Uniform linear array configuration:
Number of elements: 48
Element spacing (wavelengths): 1
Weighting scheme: binomial
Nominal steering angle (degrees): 0
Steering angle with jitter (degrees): -0.3613
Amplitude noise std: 0.05
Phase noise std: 0.05

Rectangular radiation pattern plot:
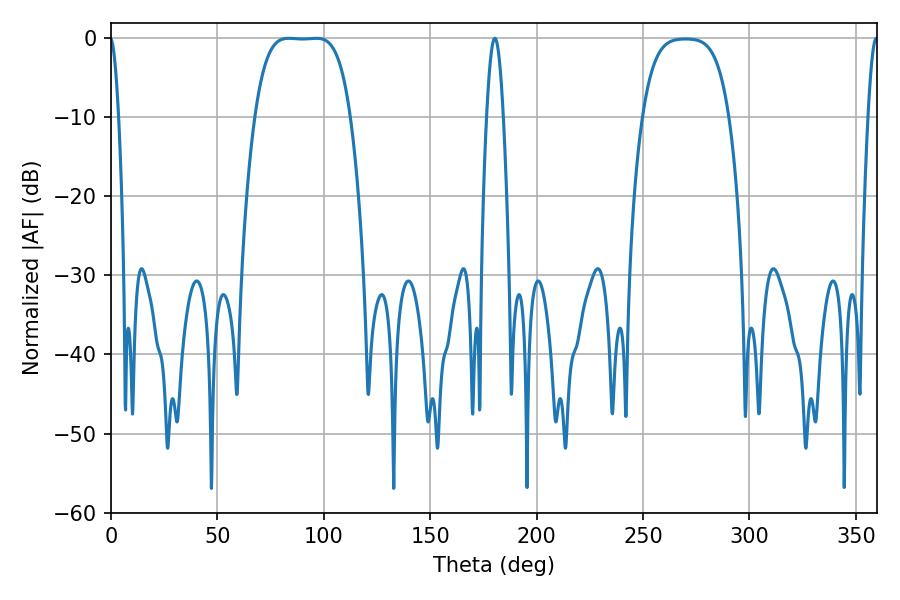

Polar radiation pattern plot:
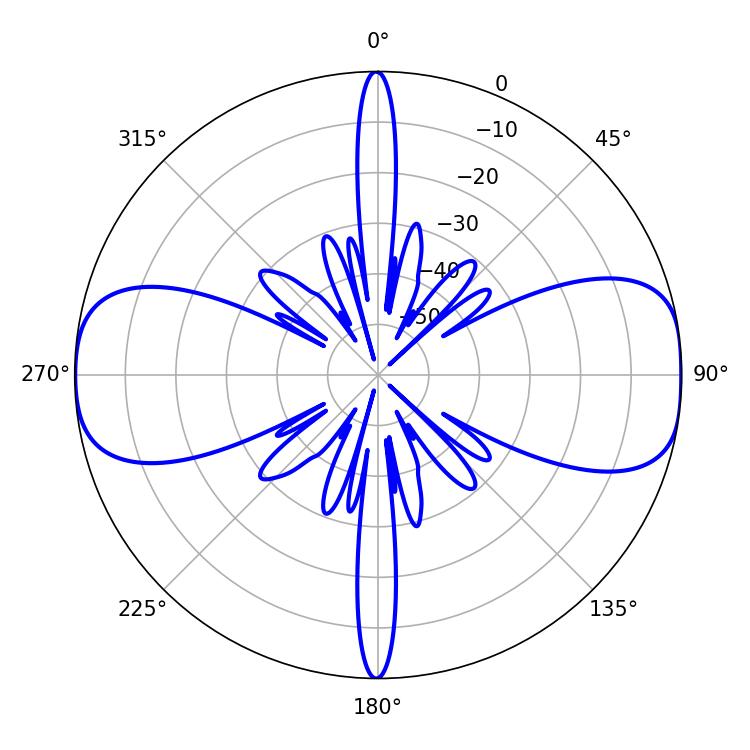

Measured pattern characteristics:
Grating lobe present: TRUE
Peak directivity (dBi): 12.957
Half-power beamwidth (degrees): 34.2
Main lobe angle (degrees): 83.52